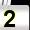
Digit: 2